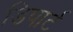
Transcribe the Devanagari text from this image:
डिपार्ट